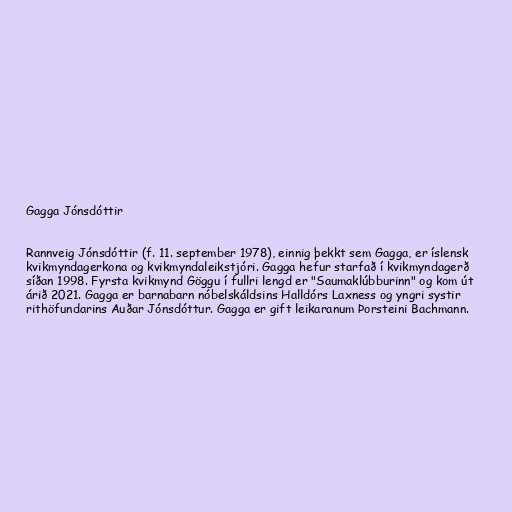
Gagga Jónsdóttir

Rannveig Jónsdóttir (f. 11. september 1978), einnig þekkt sem Gagga, er íslensk
kvikmyndagerkona og kvikmyndaleikstjóri. Gagga hefur starfað í kvikmyndagerð
síðan 1998. Fyrsta kvikmynd Göggu í fullri lengd er "Saumaklúbburinn" og kom út
árið 2021. Gagga er barnabarn nóbelskáldsins Halldórs Laxness og yngri systir
rithöfundarins Auðar Jónsdóttur. Gagga er gift leikaranum Þorsteini Bachmann.